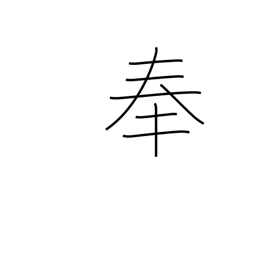
Meaning: observance